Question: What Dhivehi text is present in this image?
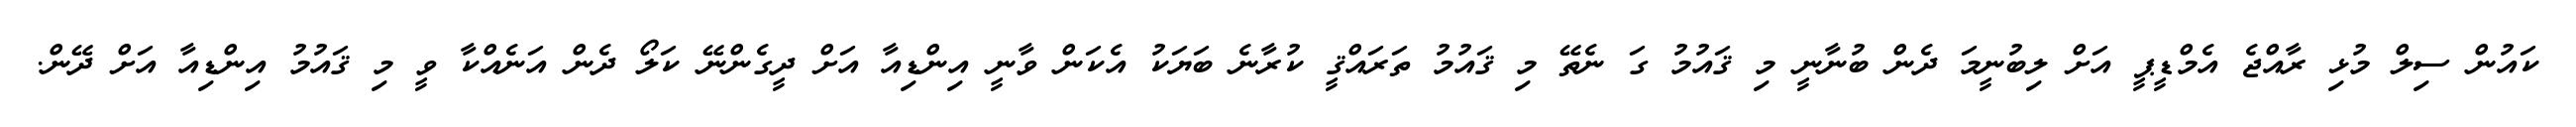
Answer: ކައުން ސިލް މުޅި ރާއްޖެ އެމްޑީޕީ އަށް ލިބުނީމަ ދެން ބުނާނީ މި ޤައުމު ގަ ނެތޭ މި ޤައުމު ތަރައްޤީ ކުރާނެ ބަޔަކު އެކަން ވާނީ އިންޑިއާ އަށް ދީގެންނޭ ކަލޯ ދެން އަނެއްކާ ވީ މި ޤައުމު އިންޑިއާ އަށް ދޭން.